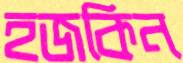
হজকিন